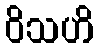
ဝိသဟိ